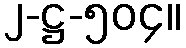
၂-ဋ္ဌ-၅၀၄။